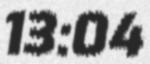
13:04